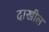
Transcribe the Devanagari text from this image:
दाखील